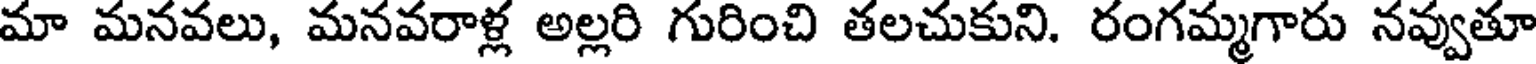
మా మనవలు, మనవరాళ్ల అల్లరి గురించి తలచుకుని. రంగమ్మగారు నవ్వుతూ